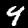
Digit: 4